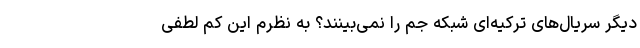
دیگر سریال‌های ترکیه‌ای شبکه جم را نمی‌بینند؟ به نظرم این کم لطفی